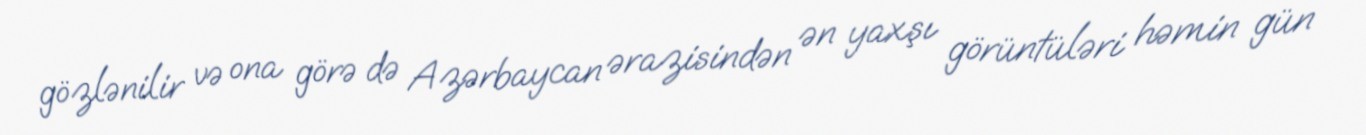
gözlənilir və ona görə də Azərbaycan ərazisindən ən yaxşı görüntüləri həmin gün